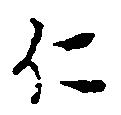
仁